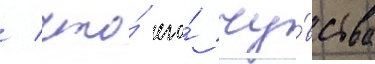
/ что́ его́ чу́вства